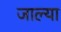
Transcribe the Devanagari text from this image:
जाल्या